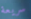
سريعة